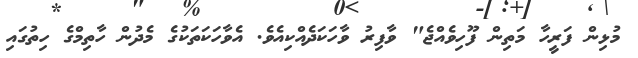
މުޅިން ފަރީހާ މަތިން ފޫހިވެއްޖެ" ވާފިރު ވާހަކަދެއްކިއެވެ. އެވާހަކަތަކުގެ މެދުން ހާތިމްގެ ހިތުގައި